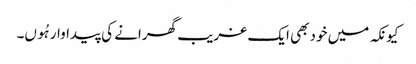
کیونکہ میں خود بھی ایک غریب گھرانے کی پیداوار ہُوں۔